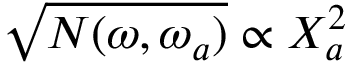
\sqrt { N ( \omega , \omega _ { a } ) } \propto X _ { a } ^ { 2 }